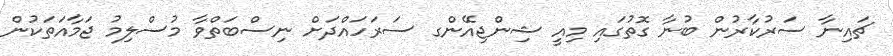
ޗައިނާ ސަރުކާރުން ބުނާ ގޮތުގައި މިއީ ޝިންޖިއޭންގ ސަރަހައްދަށް ނިސްބަތްވާ މުސްލިމު ޖަމާއަތަކުން